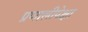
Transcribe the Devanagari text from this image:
प्रणालीपेक्षा